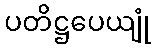
ပတိဋ္ဌပေယျုံ